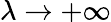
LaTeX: \lambda\to+\infty